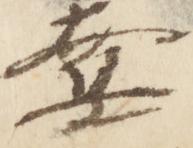
奪